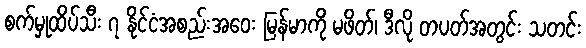
စက်မှုထိပ်သီး ၇ နိုင်ငံအစည်းအဝေး မြန်မာကို မဖိတ်၊ ဒီလို တပတ်အတွင်း သတင်း